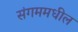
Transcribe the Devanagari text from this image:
संगममधील